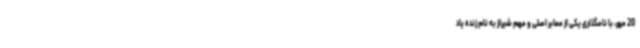
20 مهر، با نامگذاری یکی از معابر اصلی و مهم شیراز به نام زنده یاد